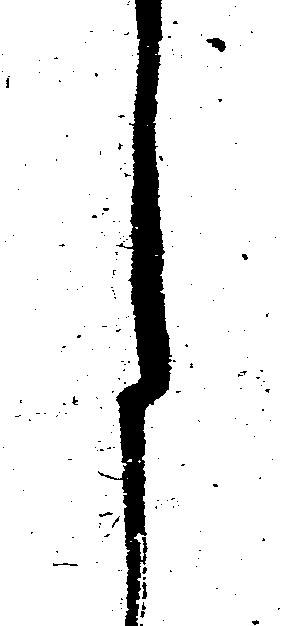
月